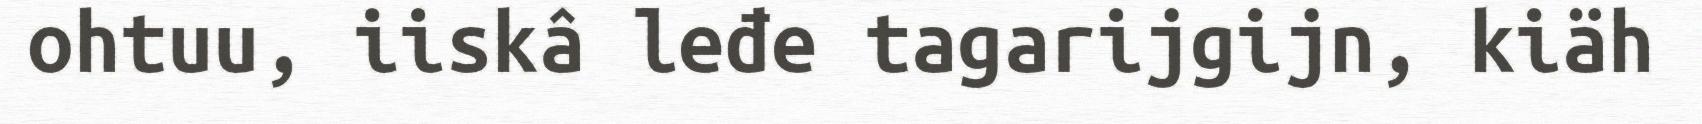
ohtuu, iiskâ leđe tagarijgijn, kiäh